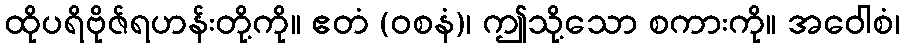
ထိုပရိဗိုဇ်ရဟန်းတို့ကို။ ဧတံ (ဝစနံ)၊ ဤသို့သော စကားကို။ အဝေါစံ၊